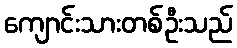
ကျောင်းသားတစ်ဦးသည်